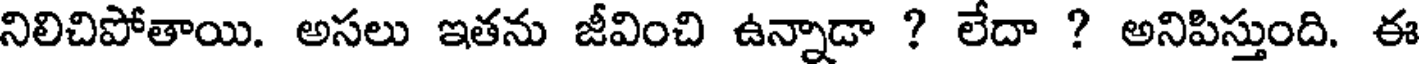
నిలిచిపోతాయి. అసలు ఇతను జీవించి ఉన్నాడా ? లేదా ? అనిపిస్తుంది. ఈ